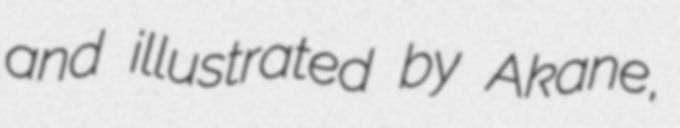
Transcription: and illustrated by Akane,